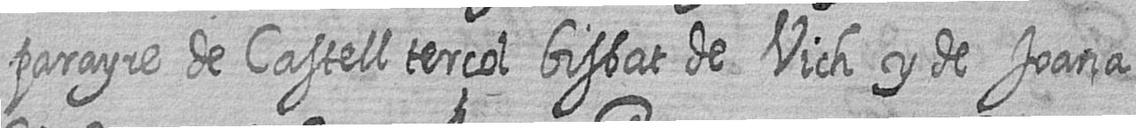
parayre de Castell terçol bisbat de Vich y de Joana